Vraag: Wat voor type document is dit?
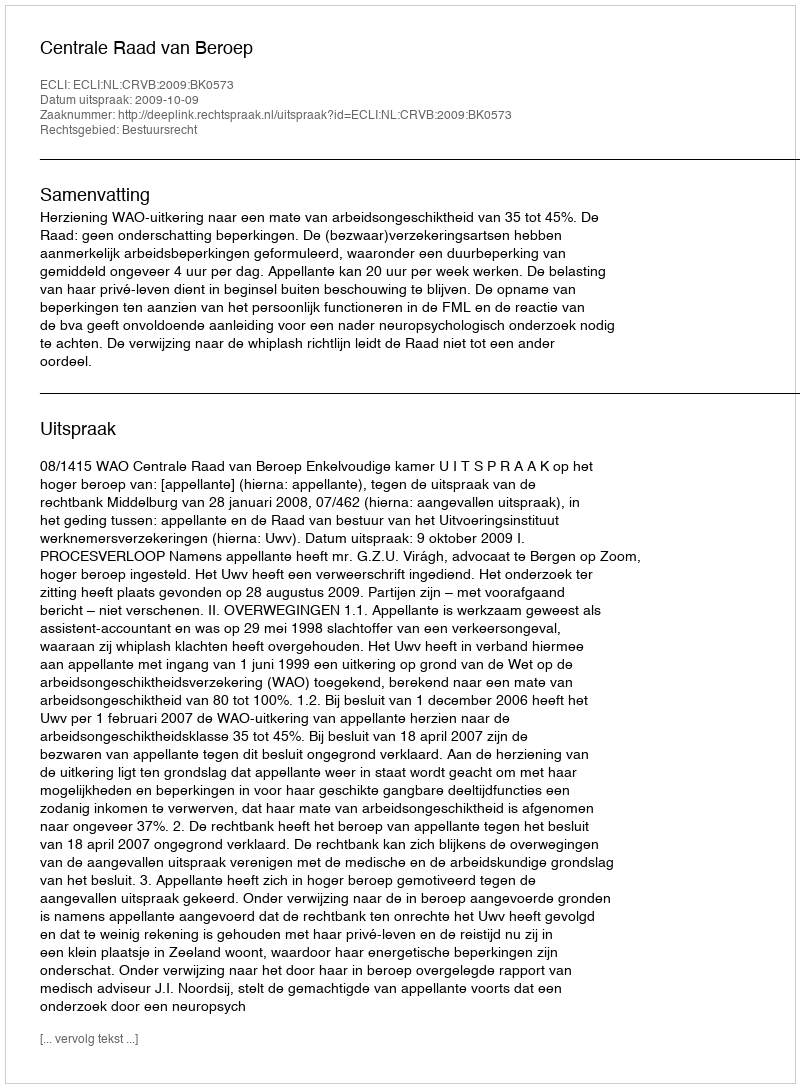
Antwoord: Uitspraak